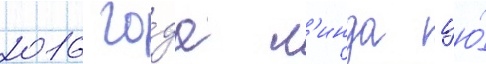
2016 го́да л'инда цю́